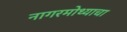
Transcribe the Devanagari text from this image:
नागरमोथ्याचा